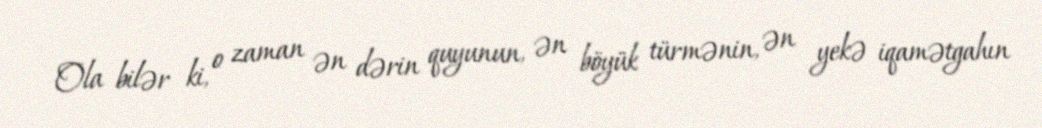
Ola bilər ki, o zaman ən dərin quyunun, ən böyük türmənin, ən yekə iqamətgahın